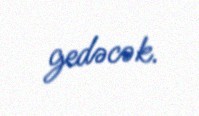
gedəcək.